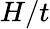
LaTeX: H/t